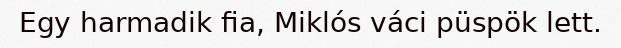
Egy harmadik fia, Miklós váci püspök lett.